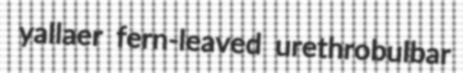
yallaer fern-leaved urethrobulbar